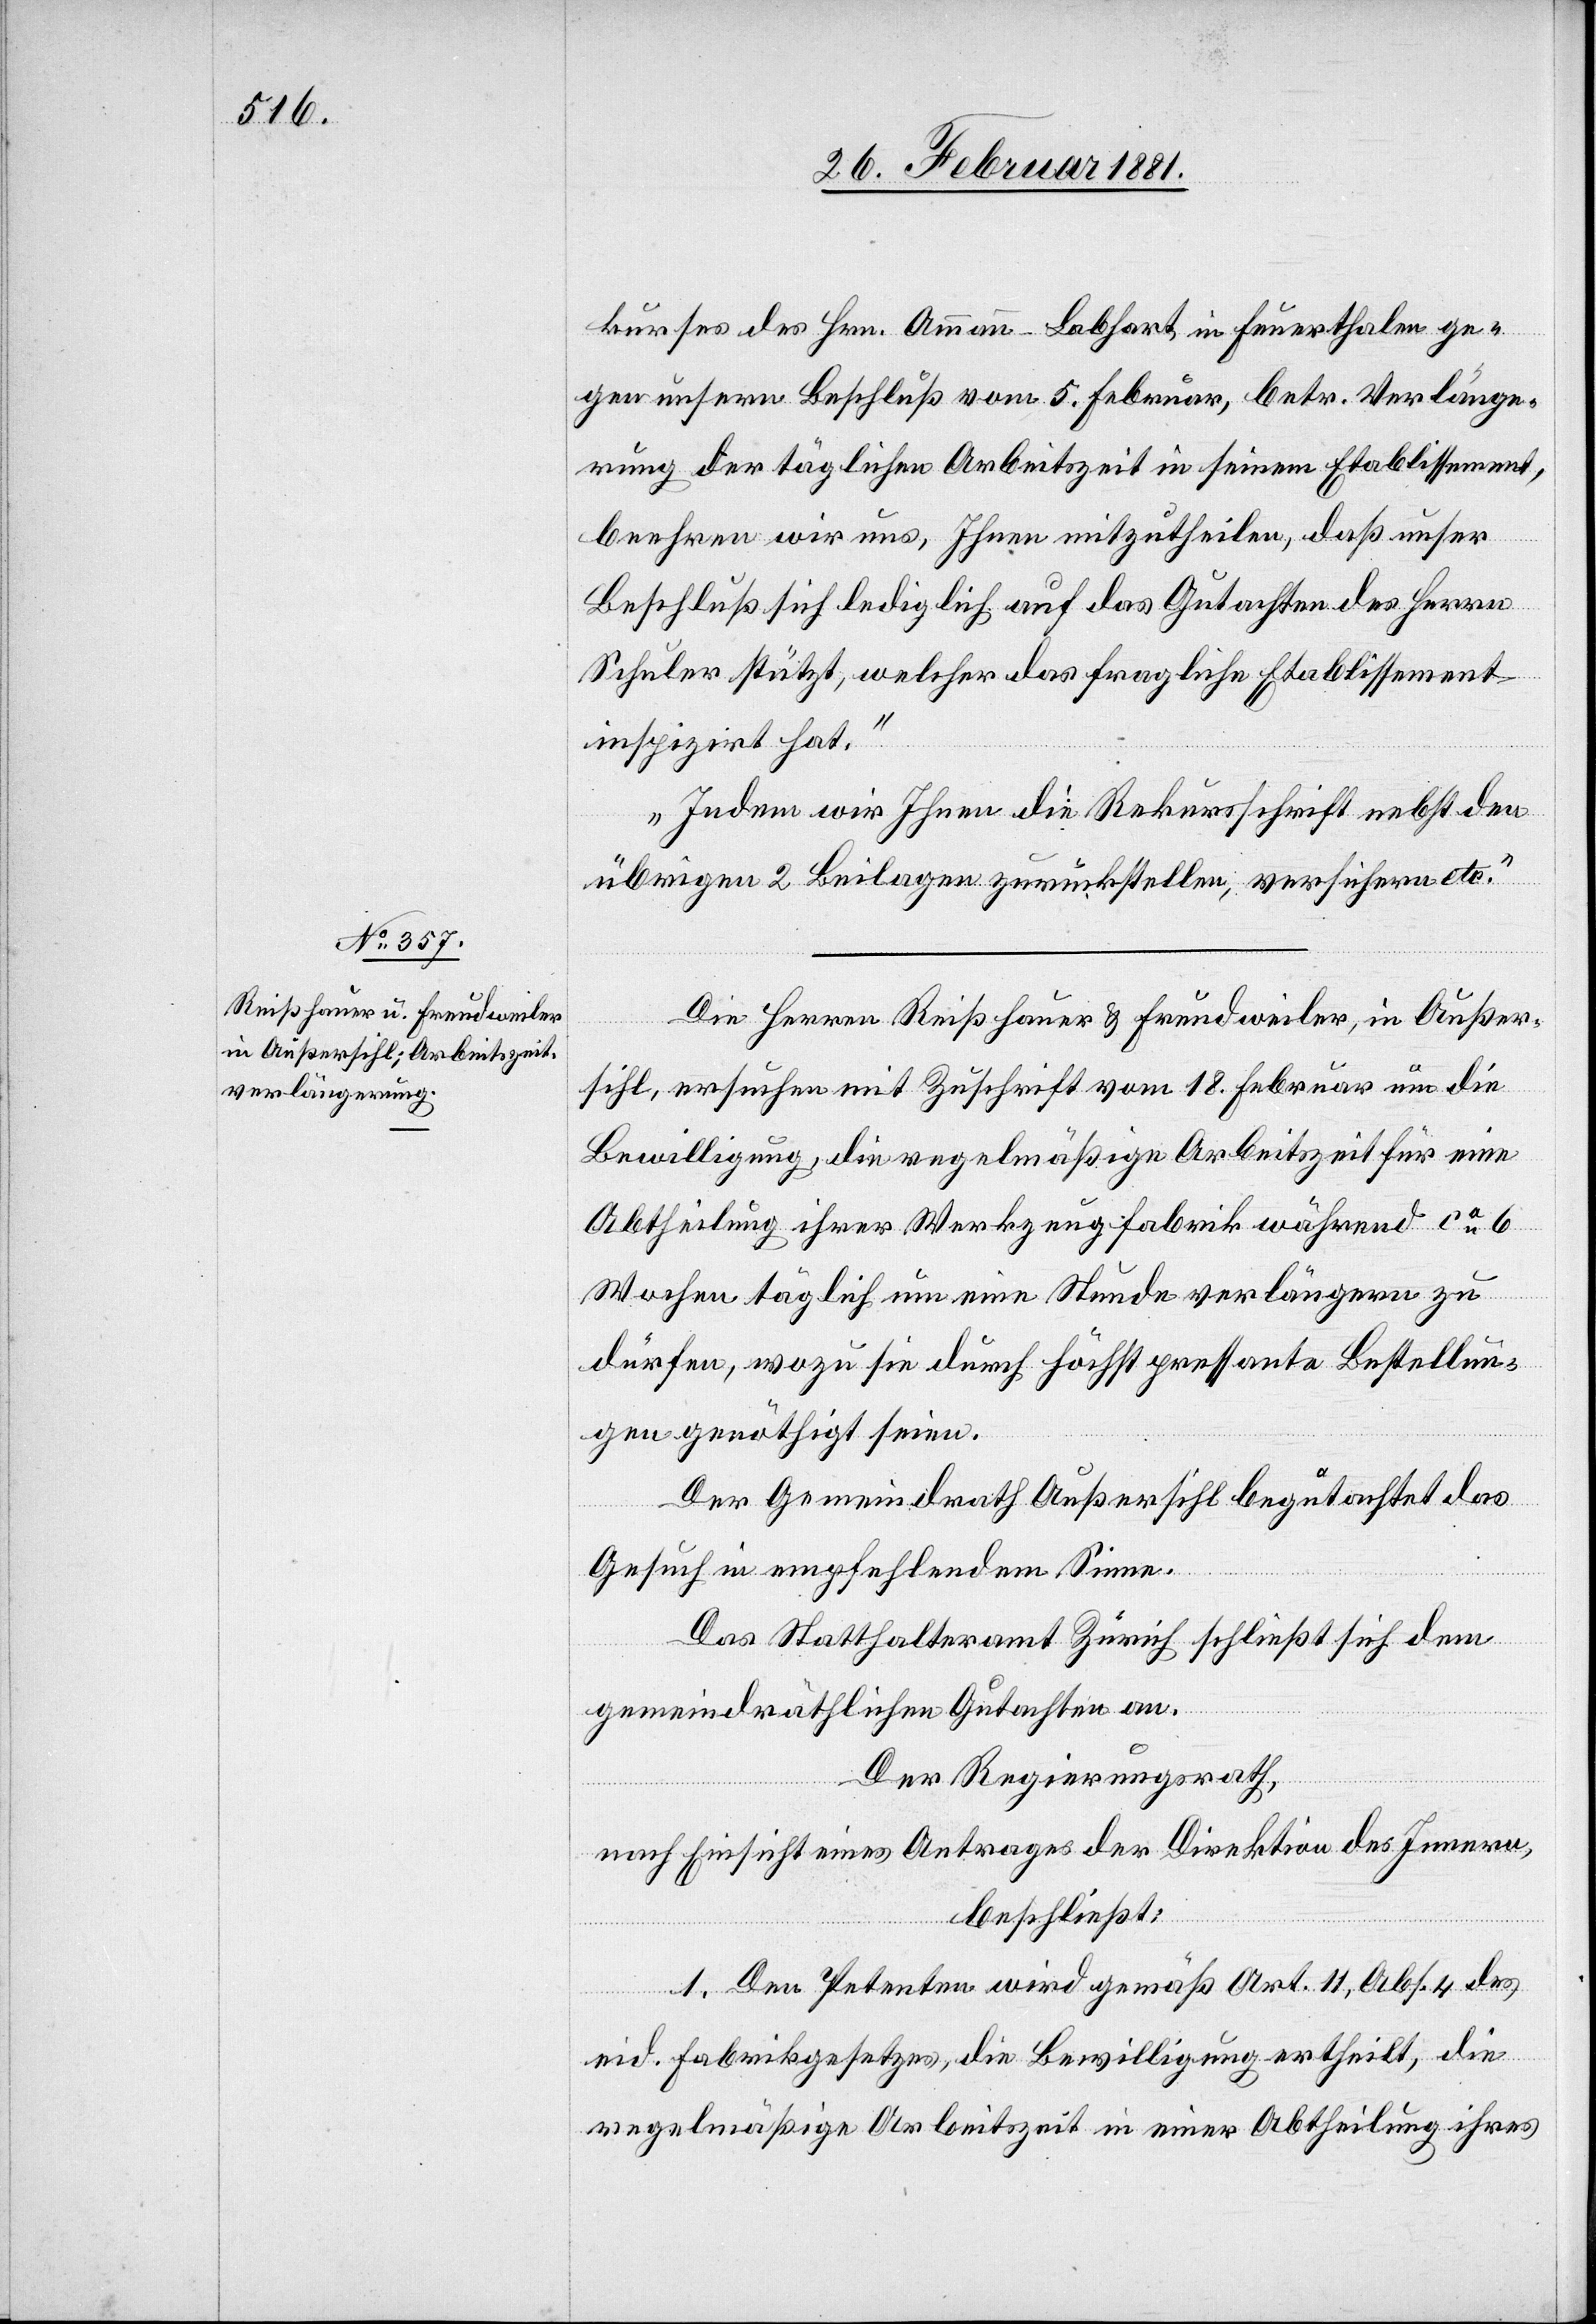
kurses des Hrn. Ammann-Lobhart in Feuerthalen ge¬
gen unsern Beschluß vom 5. Februar, betr. Verlänge¬
rung der täglichen Arbeitszeit in seinem Etablissement,
beehren wir uns, Ihnen mitzutheilen, daß unser
Beschluß sich lediglich auf das Gutachten des Herrn
Schuler stützt, welcher das fragliche Etablissement,
inspizirt hat.
Indem wir Ihnen die Rekursschrift nebst den
übrigen 2 Beilagen zurückstellen, versichern etc.“
Die Herren Reißhauer & Freudweiler, in Außer¬
sihl, ersuchen mit Zuschrift vom 18. Februar um die
Bewilligung, die regelmäßige Arbeitszeit für eine
Abtheilung ihrer Werkzeugfabrik während ca 6
Wochen täglich um eine Stunde verlängern zu
dürfen, wozu sie durch höchst pressante Bestellun¬
gen genöthigt seien.
Der Gemeindrath Außersihl begutachtet das
2.
Gesuch in empfehlendem Sinne.
Das Statthalteramt Zürich schließt sich dem
gemeindräthlichen Gutachten an.
Der Regierungsrath,
nach Einsicht eines Antrages der Direktion des Innern,
beschließt:
1. Den Petenten wird gemäß Art. 11, Abs. 4 des
eid. Fabrikgesetzes, die Bewilligung ertheilt, die
regelmäßige Arbeitszeit in einer Abtheilung ihres